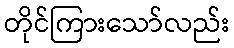
တိုင်ကြားသော်လည်း